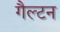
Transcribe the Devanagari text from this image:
गैल्टन